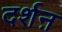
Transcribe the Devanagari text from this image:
दर्शऩ